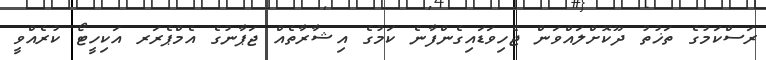
ރަސްކަމުގެ ތަޚުތު ދޫކޮށްލައްވަން ޖެހިވަޑައިގެންފާނެ ކަމުގެ އިޝާރާތެއް ޖަޕާނުގެ އެމްޕެރަރ އަކިހީޓޯ ކުރެއްވީ